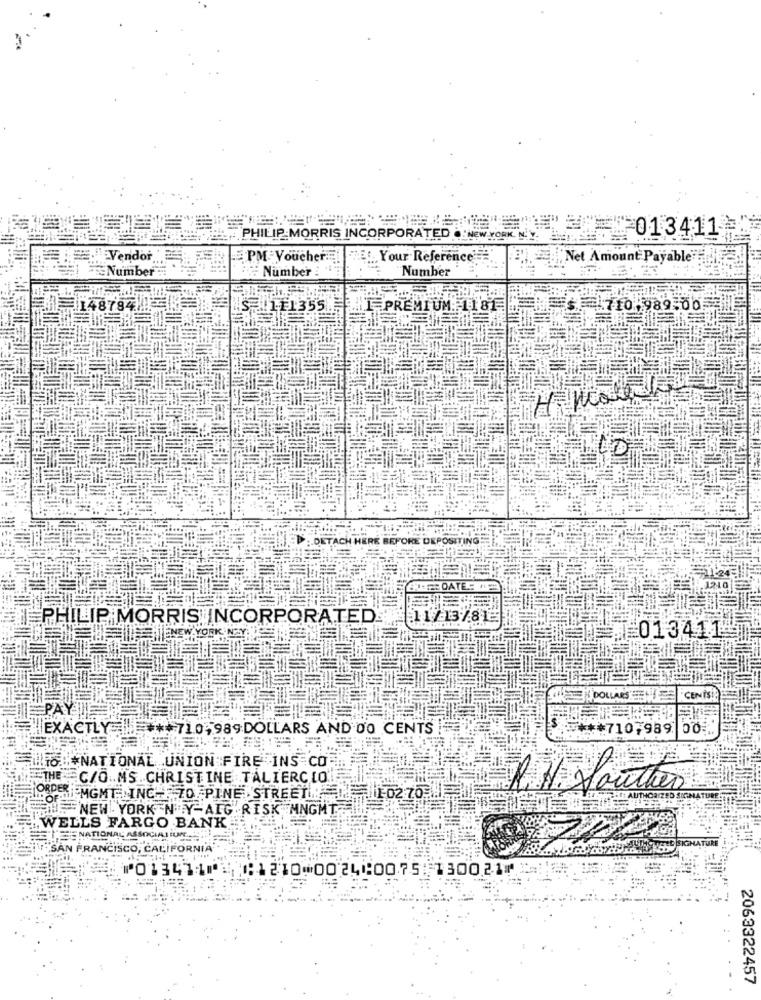
ART3DIG ============== 013411 0
PHILIP MORRIS INCORPORATED NEW YORK"
Vendor
PM Voucher.
Your Reference'
" :"Net Amount Payable"
Number :
Number
Number
148784
11355
I PREMIUM:
1181
$1710, 989.00 1
DETACH HERE BEFORE DEPOSITING
ERREER DATE: 12
PHILIP MORRIS INCORPORATED.
11/ 13/81
INTENEW YORK NON
≡013411
"CENISi
PAYDIE TE
EXACTLY . *** 710-989DOLLARS AND DO CENTS !
*** 710,989 00
FOTO: NATIONAL UNION FIRE INS CO
"THE C/O.MS. CHRISTINE TALIERCIO
R.H. Youthen
RDER EMGMT INCH TO PINE STREET 10270 !!
NEW YORK N'Y-AIG .RISK MNGMT
WELLS FARGO BANK
NATIONAL ASSOCIATION
SAN FRANCISCO, CALIFORNIA
⑆1210⑉0024⑆0075 130021⑈
⑈013471⑈1
2063322457